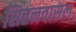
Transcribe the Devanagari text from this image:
सित्तनवासल